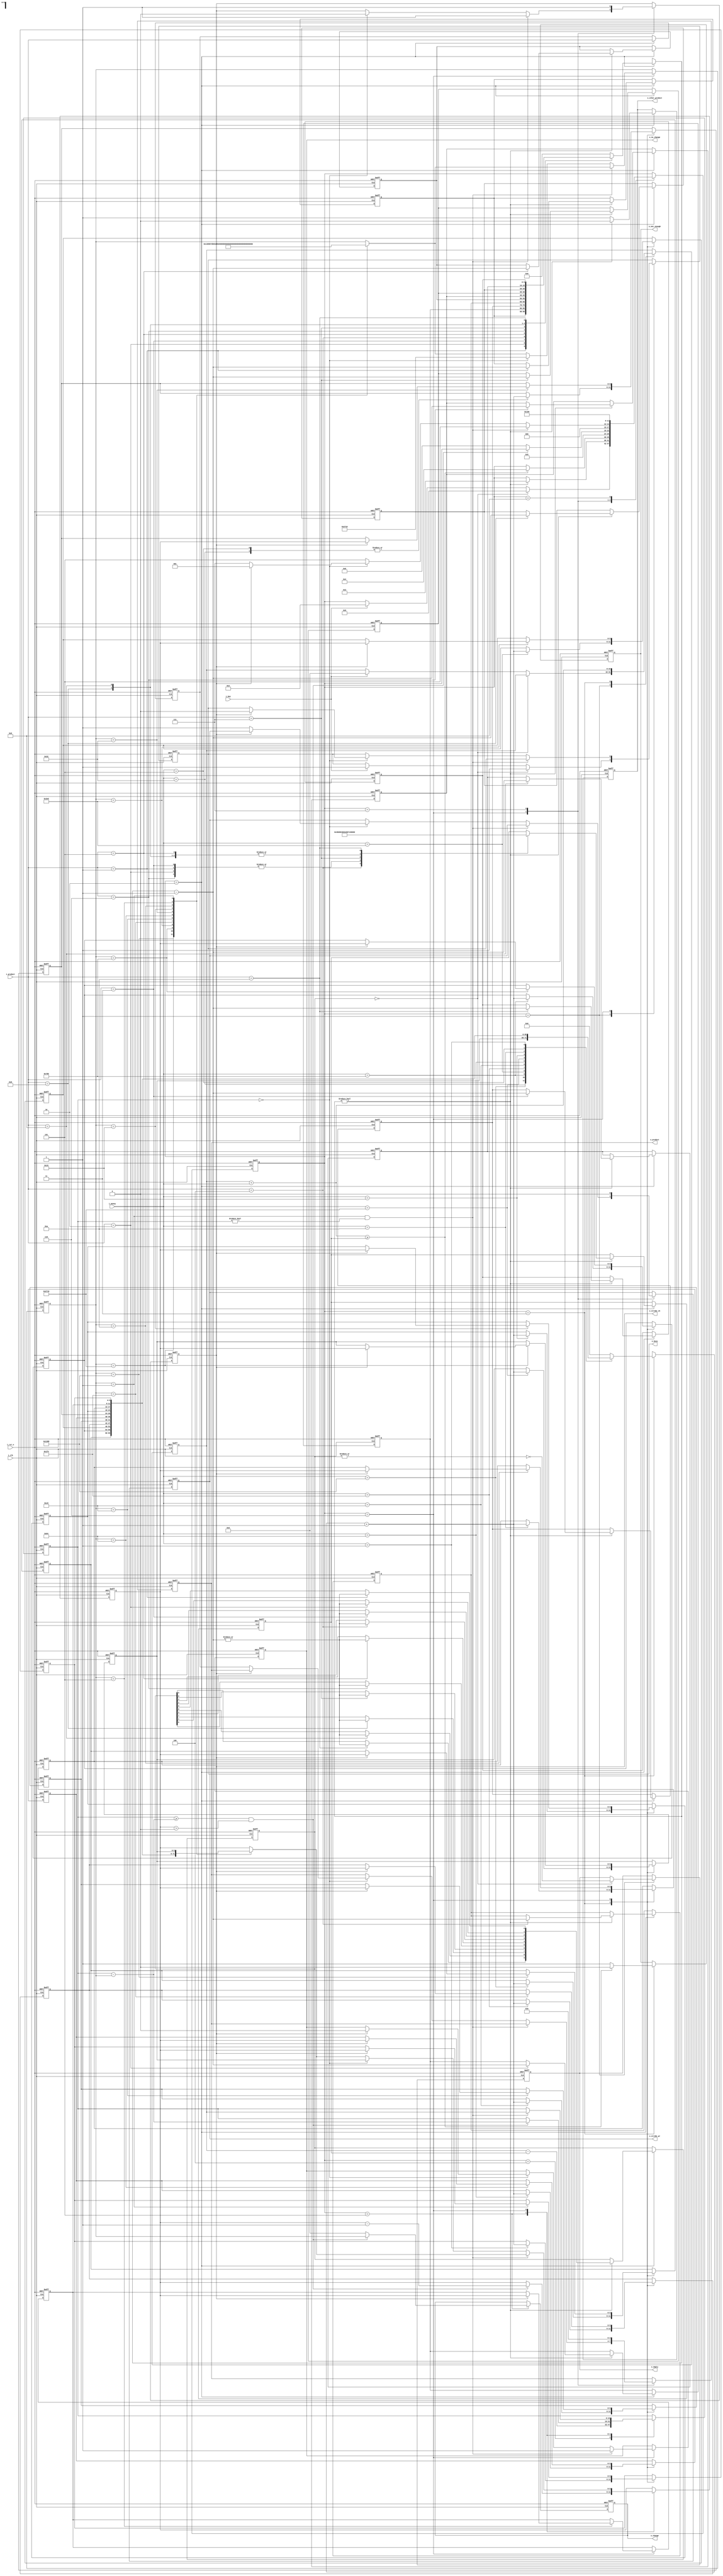
`timescale 1ns/1ps
/////////////////////////////////////
//asynchrone input,
//control banknot if real money
//change sell signed
////////////////////////////////////
module VM(		i_clk, 
				i_rst_n,
				i_buy,
				i_product,
				i_money, 
				o_busy,
				o_no_change,
				o_not_enough, 
				o_other_product,
				o_change,
				o_strobe_ch,
				o_product, 
				o_strobe_pr,
				o_empty
				);
parameter   CASH_WIDTH = 6  ;				
parameter   [CASH_WIDTH-1:0]CASH_100   = 10 ;
parameter   [CASH_WIDTH-1:0]CASH_50    = 10 ;
parameter   [CASH_WIDTH-1:0]CASH_20    = 10 ;
parameter   [CASH_WIDTH-1:0]CASH_10    = 10 ;
parameter   [CASH_WIDTH-1:0]CASH_5     = 10 ;
parameter   [CASH_WIDTH-1:0]CASH_2     = 10 ;
parameter   [CASH_WIDTH-1:0]CASH_1     = 10 ;
parameter   [CASH_WIDTH-1:0]CASH_05    = 10 ;
parameter   [CASH_WIDTH-1:0]CASH_025   = 10 ;
parameter   [CASH_WIDTH-1:0]CASH_01    = 10 ;
parameter   [CASH_WIDTH-1:0]CASH_005   = 10 ;
parameter   [CASH_WIDTH-1:0]CASH_001   = 10 ;

parameter   AMOUNT_WIDTH = 10  ;
parameter   [AMOUNT_WIDTH-1:0]AMOUNT_ESPRESSO      = 2 ;
parameter   [AMOUNT_WIDTH-1:0]AMOUNT_AMERICANO     = 2 ;   
parameter   [AMOUNT_WIDTH-1:0]AMOUNT_LATTE         = 2 ;
parameter   [AMOUNT_WIDTH-1:0]AMOUNT_TEA           = 2 ;
parameter   [AMOUNT_WIDTH-1:0]AMOUNT_MILK          = 2 ;
parameter   [AMOUNT_WIDTH-1:0]AMOUNT_HOT_CHOCOLATE = 2 ;
parameter   [AMOUNT_WIDTH-1:0]AMOUNT_NUTS          = 2 ;
parameter   [AMOUNT_WIDTH-1:0]AMOUNT_SNICKERS      = 2 ;
parameter   [AMOUNT_WIDTH-1:0]AMOUNT_BOUNTY        = 2 ; 
parameter   [AMOUNT_WIDTH-1:0]AMOUNT_GUMS          = 2 ;

parameter   PRICE_ESPRESSO      = 1600 ;
parameter   PRICE_AMERICANO     = 1600 ;   
parameter   PRICE_LATTE         = 1600 ;
parameter   PRICE_TEA           = 1200 ;
parameter   PRICE_MILK          = 2000 ;
parameter   PRICE_HOT_CHOCOLATE = 1600 ;
parameter   PRICE_NUTS          = 1000 ;
parameter   PRICE_SNICKERS      = 2000 ;
parameter   PRICE_BOUNTY        = 2000 ; 
parameter   PRICE_GUMS          = 500 ;

localparam  ESPRESSO      = 1 ;
localparam  AMERICANO     = 2 ;   
localparam  LATTE         = 3 ;
localparam  TEA           = 4 ;
localparam  MILK          = 5 ;
localparam  HOT_CHOCOLATE = 6 ;
localparam  NUTS          = 7 ;
localparam  SNICKERS      = 8 ;
localparam  BOUNTY        = 9 ; 
localparam  GUMS          = 10;

localparam  START         = 1 ;
localparam  TAKE_ORDER    = 2 ;
localparam  TAKE_MONEY    = 3 ;
localparam  CHANGE_CALC   = 4 ;
localparam  CHANGE_SEL    = 5 ;
localparam  CASH_SEL      = 6 ;
localparam  GIVE_ORDER    = 7 ;
localparam  GIVE_MONEY    = 8 ;
localparam  EMPTY         = 9;

input			i_clk, i_rst_n, i_buy;
input	[3:0]	i_product;
input	[15:0]	i_money;

output reg			o_busy, o_no_change, o_not_enough, o_other_product,o_empty;
output reg	[3:0]	o_product;
output reg	[15:0]	o_change;
output reg			o_strobe_ch, o_strobe_pr;

reg [CASH_WIDTH-1:0] buf_add;
reg [CASH_WIDTH-1:0] cash_100,next_cash_100;
reg [CASH_WIDTH-1:0] cash_50,next_cash_50;
reg [CASH_WIDTH-1:0] cash_20,next_cash_20;
reg [CASH_WIDTH-1:0] cash_10,next_cash_10;
reg [CASH_WIDTH-1:0] cash_5,next_cash_5;
reg [CASH_WIDTH-1:0] cash_2,next_cash_2;
reg [CASH_WIDTH-1:0] cash_1,next_cash_1;
reg [CASH_WIDTH-1:0] cash_05,next_cash_05;
reg [CASH_WIDTH-1:0] cash_025,next_cash_025;
reg [CASH_WIDTH-1:0] cash_01,next_cash_01;
reg [CASH_WIDTH-1:0] cash_005,next_cash_005;
reg [CASH_WIDTH-1:0] cash_001,next_cash_001;

reg  [AMOUNT_WIDTH-1:0] buf_sub;  
reg  [AMOUNT_WIDTH-1:0] amount_espresso,espresso;
reg  [AMOUNT_WIDTH-1:0] amount_americano,americano;   
reg  [AMOUNT_WIDTH-1:0] amount_latte,latte;
reg  [AMOUNT_WIDTH-1:0] amount_tea,tea;
reg  [AMOUNT_WIDTH-1:0] amount_milk,milk;
reg  [AMOUNT_WIDTH-1:0] amount_hot_chokolate,hot_chokolate;
reg  [AMOUNT_WIDTH-1:0] amount_nuts,nuts;
reg  [AMOUNT_WIDTH-1:0] amount_snickers,snickers;
reg  [AMOUNT_WIDTH-1:0] amount_bounty,bounty; 
reg  [AMOUNT_WIDTH-1:0] amount_gums,gums;

reg	[5:0]	state;
reg			p_busy, p_no_change, p_not_enough, p_other_product,p_empty;
reg	[3:0]	p_product;
reg	[15:0]	p_change;
reg			p_strobe_ch, p_strobe_pr;

reg	[5:0]	next_state;
reg			next_p_busy, next_p_no_change, next_p_not_enough, next_p_other_product,next_p_empty;
reg	[3:0]	next_p_product;
reg	[15:0]	next_p_change;
reg			next_p_strobe_ch, next_p_strobe_pr;
 
reg	[15:0]    		payment,next_payment;
reg	[15:0]			change,next_change;
reg	[CASH_WIDTH-1:0]	amount, next_amount;
reg	[15:0]			price,next_price;
reg	[15:0]			try,next_try;
reg	[15:0]			change_sel,next_change_sel;
reg	[3:0]			r_product, next_r_product;  
reg	[9:0]			empty,next_empty;  
   
always @(posedge i_clk, negedge i_rst_n) begin
	if(!i_rst_n)begin
		cash_100	<= CASH_100;
		cash_50   <= CASH_50;
		cash_20   <= CASH_20;
		cash_10   <= CASH_10;
		cash_5    <= CASH_5;
		cash_2    <= CASH_2;
		cash_1    <= CASH_1;
		cash_05   <= CASH_05;
		cash_025  <= CASH_025;
		cash_01   <= CASH_01;
		cash_005  <= CASH_005;
		cash_001  <= CASH_001;
    
		amount_espresso      <= AMOUNT_ESPRESSO;
		amount_americano     <= AMOUNT_AMERICANO;   
		amount_latte         <= AMOUNT_LATTE;
		amount_tea           <= AMOUNT_TEA;
		amount_milk          <= AMOUNT_MILK;
		amount_hot_chokolate <= AMOUNT_HOT_CHOCOLATE;
		amount_nuts          <= AMOUNT_NUTS;
		amount_snickers      <= AMOUNT_SNICKERS;
		amount_bounty        <= AMOUNT_BOUNTY; 
		amount_gums          <= AMOUNT_GUMS;
    
		state           <= START;
		p_busy          <=  0;
		p_no_change     <=  0;
		p_not_enough    <=  0;
		p_other_product <=  0;
		p_product       <=  0;
		p_change        <=  0;
		p_strobe_ch     <=  0;
		p_strobe_pr     <=  0;
		p_empty         <=0 ;
    
		payment       <= 0;
		change        <= 0;
		amount        <= CASH_100;
		price         <= 0;
		try           <= 0;
		change_sel    <= 10000;
		r_product     <= 0;
		empty         <= 10'b11_1111_1111;
	end
	else	begin
		amount_espresso      <= espresso;
		amount_americano     <= americano;   
		amount_latte         <= latte;
		amount_tea           <= tea;
		amount_milk          <= milk;
		amount_hot_chokolate <= hot_chokolate;
		amount_nuts          <= nuts;
		amount_snickers      <= snickers;
		amount_bounty        <= bounty; 
		amount_gums          <= gums;
    
		cash_100  <= next_cash_100;
		cash_50   <= next_cash_50;
		cash_20   <= next_cash_20;
		cash_10   <= next_cash_10;
		cash_5    <= next_cash_5;
		cash_2    <= next_cash_2;
		cash_1    <= next_cash_1;
		cash_05   <= next_cash_05;
		cash_025  <= next_cash_025;
		cash_01   <= next_cash_01;
		cash_005  <= next_cash_005;
		cash_001  <= next_cash_001;
    
		state           <= next_state;
		p_busy          <= next_p_busy;
		p_no_change     <= next_p_no_change;
		p_not_enough    <= next_p_not_enough;
		p_other_product <= next_p_other_product;
		p_product       <= next_p_product;
		p_change        <= next_p_change;
		p_strobe_ch     <= next_p_strobe_ch;
		p_strobe_pr     <= next_p_strobe_pr;
		p_empty         <= next_p_empty;
    
		payment       <= next_payment;
		change        <= next_change;
		amount        <= next_amount;
		price         <= next_price;
		try           <= next_try;
		change_sel    <= next_change_sel;
		r_product     <= next_r_product;
		empty         <= next_empty;
	end
end

always@* begin
	espresso      = amount_espresso;
	americano     = amount_americano;   
	latte         = amount_latte;
	tea           = amount_tea;
	milk          = amount_milk;
	hot_chokolate = amount_hot_chokolate;
	nuts          = amount_nuts;
	snickers      = amount_snickers;
	bounty        = amount_bounty; 
	gums          = amount_gums;
  
	next_cash_100 = cash_100; 
	next_cash_50  = cash_50;
	next_cash_20  = cash_20;
	next_cash_10  = cash_10;
	next_cash_5   = cash_5;
	next_cash_2   = cash_2;
	next_cash_1   = cash_1;
	next_cash_05  = cash_05;
	next_cash_025 = cash_025;
	next_cash_01  = cash_01;
	next_cash_005 = cash_005;
	next_cash_001 = cash_001;
    
	next_state		= state;
	next_p_busy         = p_busy;
	next_p_no_change    = p_no_change;
	next_p_not_enough   = p_not_enough;
	next_p_other_product= p_other_product;
	next_p_product      = p_product;
	next_p_change       = p_change;
	next_p_strobe_ch    = p_strobe_ch;
	next_p_strobe_pr    = p_strobe_pr;
	next_p_empty        = p_empty;
     
	next_payment        = payment;
	next_change         = change;  
	next_amount         = amount;
	next_price          = price;
	next_try            = try;
	next_change_sel     = change_sel;
	next_r_product      = r_product;
	next_empty          = empty;
	buf_sub			=0;
	buf_add			=0;

	case(state)
		START       :	begin			                	       
						if(empty==0) begin 
							next_p_empty=~(|empty); 
							next_state = EMPTY; 
							next_p_busy= 1; 
						end 
						else begin 
							if( i_buy == 1) begin 
								next_state = TAKE_ORDER; 
								next_p_busy  = 1; 
								next_payment = 0; 
							end 
						end 
					end
		TAKE_ORDER  :	begin 
						next_r_product = i_product; 
						
						case (next_r_product) 
							ESPRESSO      : buf_sub = espresso; 
							AMERICANO     : buf_sub = americano; 
							LATTE         : buf_sub = latte; 
							TEA           : buf_sub = tea; 
							MILK          : buf_sub = milk; 
							HOT_CHOCOLATE : buf_sub = hot_chokolate; 
							NUTS          : buf_sub = nuts; 
							SNICKERS      : buf_sub = snickers; 
							BOUNTY        : buf_sub = bounty; 
							GUMS          : buf_sub = gums; 
							default       : buf_sub = 0; 
						endcase
						 
						if( buf_sub != 0 )	begin 
							buf_sub = buf_sub - 1'b1; 
							next_empty     = empty;
 
							case (next_r_product) 
							ESPRESSO      :	begin 
												espresso       = buf_sub; 
												next_price     = PRICE_ESPRESSO; 
												next_empty[ESPRESSO-1]  =|buf_sub; 
											end
							AMERICANO     :	begin 
												americano      = buf_sub; 
												next_price     = PRICE_AMERICANO; 
												next_empty[AMERICANO-1]  =|buf_sub; 
											end 
							LATTE         :	begin 
												latte          = buf_sub; 
												next_price     = PRICE_LATTE; 
												next_empty[LATTE-1]  =|buf_sub; 
											end 
							TEA           :	begin 
												tea            = buf_sub; 
												next_price     = PRICE_TEA; 
												next_empty[TEA-1]  =|buf_sub; 
											end 
							MILK          :	begin 
												milk           = buf_sub; 
												next_price     = PRICE_MILK; 
												next_empty[MILK-1]  =|buf_sub; 
											end 
							HOT_CHOCOLATE :	begin 
												hot_chokolate  = buf_sub; 
												next_price     = PRICE_HOT_CHOCOLATE; 
												next_empty[HOT_CHOCOLATE-1]  =|buf_sub; 
											end 
							NUTS          :	begin 
												nuts           = buf_sub; 
												next_price     = PRICE_NUTS; 
												next_empty[NUTS-1]  =|buf_sub; 
											end 
							SNICKERS      :	begin 
												snickers       = buf_sub; 
												next_price     = PRICE_SNICKERS; 
												next_empty[SNICKERS-1]  =|buf_sub; 
											end 
							BOUNTY        :	begin 
												bounty         = buf_sub; 
												next_price     = PRICE_BOUNTY; 
												next_empty[BOUNTY-1]  =|buf_sub; 
												end  
							GUMS          :	begin 
												gums           = buf_sub; 
												next_price     = PRICE_GUMS; 
												next_empty[GUMS-1]  =|buf_sub; 
											end 
							default       :	begin 
												buf_sub        = 0; 
											end
							endcase

							next_state = TAKE_MONEY;
							next_p_other_product = 0;
						end
						else	begin
							next_p_other_product = 1; 
						end
					end
		TAKE_MONEY  :	begin
						next_payment = payment + i_money;
						if( next_payment >= price )	begin
							next_state = CHANGE_CALC;
							next_p_not_enough = 0;
						end
						else	begin
							next_p_not_enough = 1;
						end

						case(i_money)
							10000 :    buf_add = cash_100;
							5000  :    buf_add = cash_50;
							2000  :    buf_add = cash_20;
							1000  :    buf_add = cash_10;
							500   :    buf_add = cash_5;
							200   :    buf_add = cash_2;
							100   :    buf_add = cash_1;
							50    :    buf_add = cash_05;
							25    :    buf_add = cash_025;
							10    :    buf_add = cash_01;
							5     :    buf_add = cash_005;
							1     :    buf_add = cash_001;
							default:	 buf_add=0;
						endcase

						buf_add = buf_add + 1'b1;
						case(i_money)
							10000 :    next_cash_100  = buf_add;
							5000  :    next_cash_50   = buf_add;
							2000  :    next_cash_20   = buf_add;
							1000  :    next_cash_10   = buf_add;
							500   :    next_cash_5    = buf_add;
							200   :    next_cash_2    = buf_add;
							100   :    next_cash_1    = buf_add;
							50    :    next_cash_05   = buf_add;
							25    :    next_cash_025  = buf_add;
							10    :    next_cash_01   = buf_add;
							5     :    next_cash_05   = buf_add;
							1     :    next_cash_001  = buf_add;
							default:	 buf_add=0;						  
						endcase
					end
		CHANGE_CALC :	begin
						next_change = payment - price;
						next_state = CHANGE_SEL;
					end               
		CHANGE_SEL  :	begin
						next_try = change - change_sel; 
                    		if( ( change >= next_try ) && ( amount > 0 ) ) begin 
                    			next_p_change = change_sel; 
                    			next_change = next_try; 
                    			next_amount = amount - 1'b1 ; 
                    		end 
                    		else begin 
                    			next_p_change = 0; 
                    			next_change = change; 
                    			next_amount = amount; 
                    			next_state = CASH_SEL; 
                    		end 
                    	end
		CASH_SEL    :	begin 
                    		case(change_sel) 
                    		10000:	begin 
                    					next_change_sel = 5000; 
                    					if( p_strobe_ch == 1 ) next_cash_100   = amount; 
                    					next_amount     = cash_50; 
                    				end
						5000 :	begin 
                    					next_change_sel = 2000; 
                    					if( p_strobe_ch == 1 ) next_cash_50    = amount; 
                    					next_amount     = cash_20; 
                    				end 
                    		2000 :	begin 
                    					next_change_sel = 1000; 
                    					if( p_strobe_ch == 1 ) next_cash_20    = amount; 
                    					next_amount     = cash_10; 
                    			end
						1000 :	begin 
                    					next_change_sel = 500; 
                    					if( p_strobe_ch == 1 ) next_cash_10    = amount; 
                    					next_amount     = cash_5; 
                    				end
						500  :	begin 
                    					next_change_sel = 200; 
                    					if( p_strobe_ch == 1 ) next_cash_5     = amount; 
                    					next_amount     = cash_2; 
                    				end
						200  :	begin 
                    					next_change_sel = 100; 
                    					if( p_strobe_ch == 1 ) next_cash_2     = amount; 
                    					next_amount     = cash_1; 
                    				end
						100  :	begin 
                    					next_change_sel = 50; 
                    					if( p_strobe_ch == 1 ) next_cash_1     = amount; 
                    					next_amount     = cash_05; 
                    				end 
                    		50   :	begin 
                    					next_change_sel = 25; 
                    					if( p_strobe_ch == 1 ) next_cash_05    = amount; 
                    					next_amount     = cash_025; 
                    				end 
                    		25   :	begin 
                    					next_change_sel = 10; 
                    					if( p_strobe_ch == 1 ) next_cash_025   = amount; 
                    					next_amount     = cash_01; 
                    				end 
                    		10   :	begin 
                    					next_change_sel = 5; 
                    					if( p_strobe_ch == 1 ) next_cash_01    = amount; 
                    					next_amount     = cash_005; 
                    				end 
                    		5    :	begin 
                    					next_change_sel = 1; 
                    					if( p_strobe_ch == 1 ) next_cash_005   = amount; 
                    					next_amount     = cash_001; 
                    				end 
                    		1    :	begin 
                    					next_change_sel = 10000; 
                    					if( p_strobe_ch == 1 ) next_cash_001   = amount; 
                    					next_amount     = cash_100; 
                    				end 
                    		default: 	next_state = START; 
                    		endcase

						if( ( change_sel == 1 ) && ( change != 0 ) ) begin
							next_state = CHANGE_SEL;
							next_change = payment;
							next_p_strobe_ch = 1;
							next_p_no_change = 1;
						end                       
						else begin
							if ( change == 0 ) begin
								next_change_sel = 10000;
								next_amount     = cash_100;
								if( p_strobe_ch == 1 ) begin
									next_state = START;
									next_p_strobe_ch = 0;
									next_p_no_change = 0;
									next_p_busy = 0;
								end
								else	begin
									next_state = GIVE_ORDER;
									next_p_strobe_pr = 1;
									next_p_product = r_product;
								end
							end
							else	begin
								next_state = CHANGE_SEL;
							end
						end
					end
		GIVE_ORDER:	begin
						next_p_strobe_pr = 0;
						next_p_product = 0;                 
						next_state = CHANGE_CALC;
						next_p_strobe_ch = 1;
					end
		EMPTY     :	begin next_state = EMPTY;
					end
	endcase
end				
always@*	begin
	o_busy=p_busy;
	o_no_change=p_no_change;
	o_not_enough=p_not_enough; 
	o_other_product=p_other_product;
	o_change=p_change;
	o_strobe_ch=p_strobe_ch;
	o_product=p_product; 
	o_strobe_pr=p_strobe_pr;
	o_empty = p_empty;
end				

endmodule